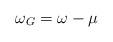
LaTeX: \begin{align*} \omega _G = \omega - \mu \end{align*}